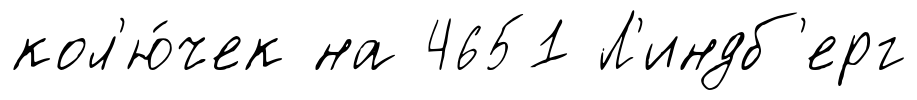
кол'ю́чек на 4651 Л'индб'ерг